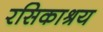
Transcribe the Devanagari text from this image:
रसिकाश्रय